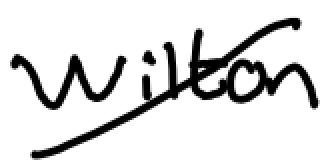
Text: Wilton
Cross-out: diagonal
Writing tool: digital_black